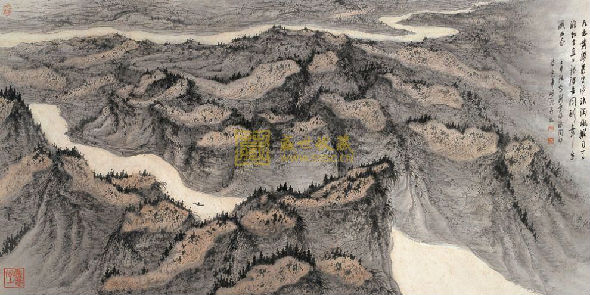
九曲黄河万里沙，浪淘风簸自天涯。